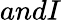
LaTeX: andI